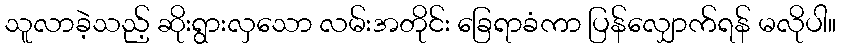
သူလာခဲ့သည့် ဆိုးရွားလှသော လမ်းအတိုင်း ခြေရာခံကာ ပြန်လျှောက်ရန် မလိုပါ။